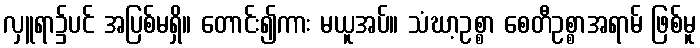
လှူရာ၌ပင် အပြစ်မရှိ။ တောင်း၍ကား မယူအပ်။ သံဃာ့ဥစ္စာ စေတီဥစ္စာအရာမ် ဖြစ်မူ